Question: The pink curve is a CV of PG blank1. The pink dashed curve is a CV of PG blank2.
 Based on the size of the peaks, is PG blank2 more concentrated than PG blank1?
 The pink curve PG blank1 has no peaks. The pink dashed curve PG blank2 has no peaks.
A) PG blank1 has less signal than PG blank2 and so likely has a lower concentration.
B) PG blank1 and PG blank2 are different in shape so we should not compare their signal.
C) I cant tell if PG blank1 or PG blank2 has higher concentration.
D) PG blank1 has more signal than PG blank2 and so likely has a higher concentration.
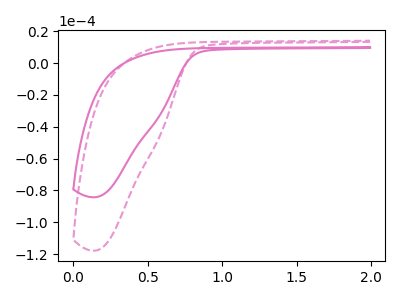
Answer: <think>Neither "PG blank1" or "PG blank2" have any peaks.
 </think>
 <answer>C) I cant tell if "PG blank1" or "PG blank2" has higher concentration.</answer>
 <eval>C</eval>